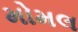
મોમલ